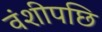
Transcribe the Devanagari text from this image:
वंशीपछि